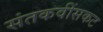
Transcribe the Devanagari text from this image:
संतकवींसकट